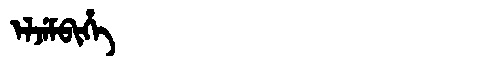
Manchu: ᡝᠯᠵᡝᠮᠪᡳᡥᡝ
Romanization: ELJEMBIHE